Report on lock hospitals in British Burma
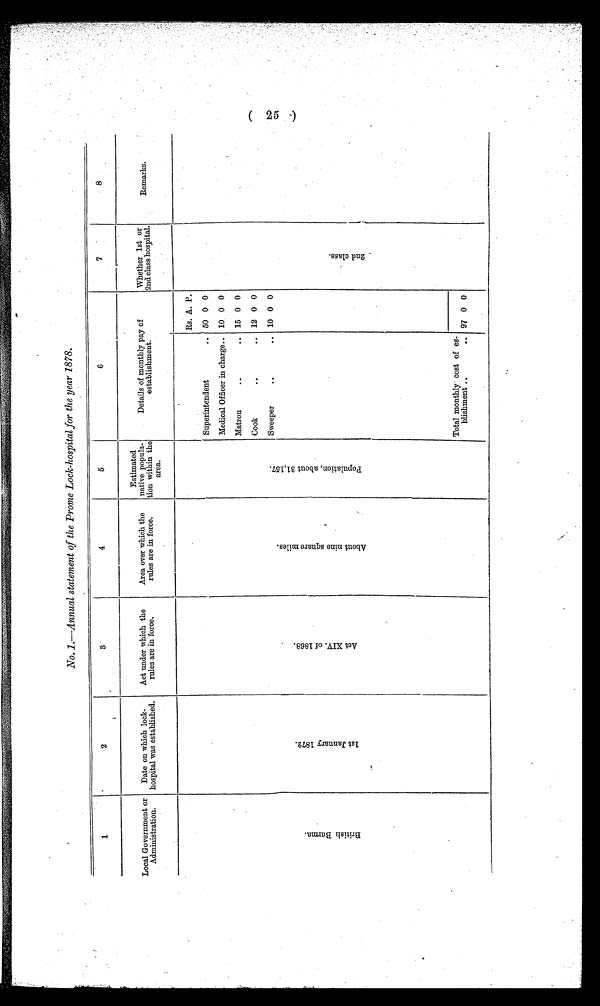
No. 1.—Annual statement of the Prome Lock-hospital for the year 1878.
1
2
3
4
5
6
7
8
Local Government or
Administration.
Date on which lock-
hospital was established.
Act under which the
rules are in force.
Area over which the
rules are in force.
Estimated
native popula-
tion within the
area.
Details of monthly pay of
establishment.
Whether 1st or
2nd class hospital.
Remarks.
B r i t i s h B u r m a .
1 s t J a n u a r y 1 8 7 2 .
•
A c t X I V . o f 1 8 6 8 .
A b o u t n i n e s q u a r e m i l e s . P o p u l a t i o n , a b o u t 3 1 , 1 5 7 .
Rs. A. P.
2 n d c l a s s .
Superintendent
.. 50 0 0
Medical Officer in charge.. 10 0 0
Matron
... 15 0 0
Cook
. . . 12 0 0
Sweeper
.. 10 0 0
Total monthly cost of es-
blishment ..
.. 97 0 0
(25)